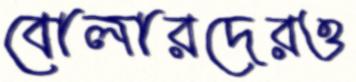
বোলারদেরও